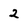
Character: 2